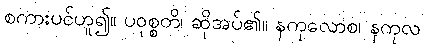
စကားပင်ဟူ၍။ ပဝုစ္စတိ၊ ဆိုအပ်၏။ နကုလောစ၊ နကုလ